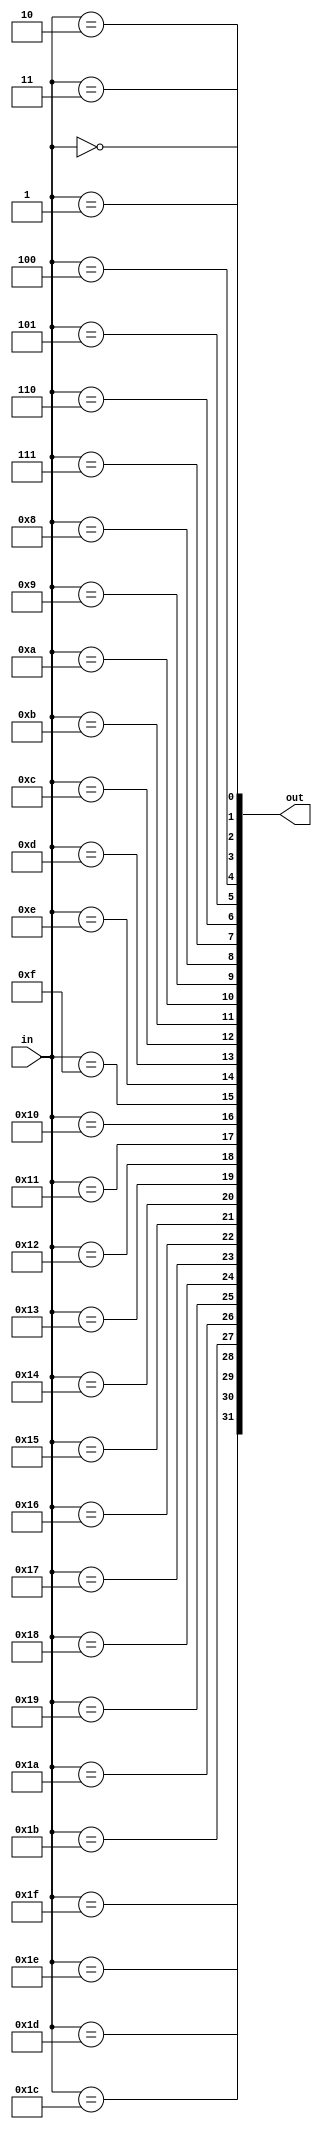
module decoder_5_32(
    input  [ 4:0] in,
    output [31:0] out
);

genvar i;
generate for (i=0; i<32; i=i+1) begin : gen_for_dec_5_32
    assign out[i] = (in == i);
end endgenerate

endmodule


module decoder_6_64(
    input  [ 5:0] in,
    output [63:0] out
);

genvar i;
generate for (i=0; i<64; i=i+1) begin : gen_for_dec_6_64
    assign out[i] = (in == i);
end endgenerate

endmodule

module encoder_16_4(
    input  [15:0] in,
    output [ 3:0] out
);

assign out = {4{in[ 0]}} & 4'h0
           | {4{in[ 1]}} & 4'h1
           | {4{in[ 2]}} & 4'h2
           | {4{in[ 3]}} & 4'h3
           | {4{in[ 4]}} & 4'h4
           | {4{in[ 5]}} & 4'h5
           | {4{in[ 6]}} & 4'h6
           | {4{in[ 7]}} & 4'h7
           | {4{in[ 8]}} & 4'h8
           | {4{in[ 9]}} & 4'h9
           | {4{in[10]}} & 4'ha
           | {4{in[11]}} & 4'hb
           | {4{in[12]}} & 4'hc
           | {4{in[13]}} & 4'hd
           | {4{in[14]}} & 4'he
           | {4{in[15]}} & 4'hf;

endmodule